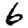
Digit: 6